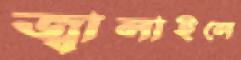
জ্বালাইলে